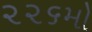
૨૨૬મો